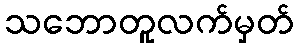
သဘောတူလက်မှတ်